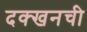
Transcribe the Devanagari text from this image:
दक्खनची